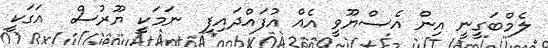
ލެމްބަގީނީ އިން އެސްޔޫވީ އެއް އުފައްދައިފި  ނަމަކީ ޔޫރުސް  އަގަކީ